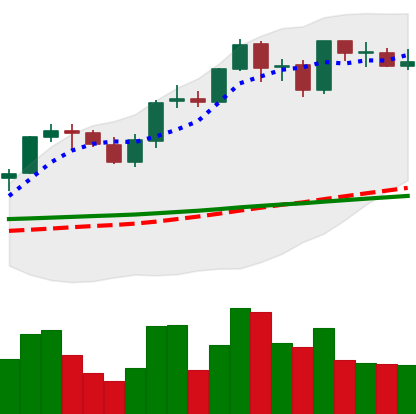
Ticker: ADA-USD
Chart end date: 2021-08-31
Forward return: 4.99%
Label: up_3_5